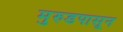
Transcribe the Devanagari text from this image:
मुरुडपासून